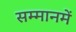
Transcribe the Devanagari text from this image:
सम्मानमें